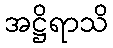
အဋ္ဌိရာသိ